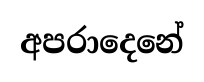
අපරාදෙනේ